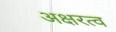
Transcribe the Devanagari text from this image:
अक्षरत्व